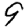
Digit: 9